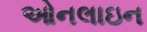
ઓનલાઇન